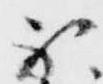
不